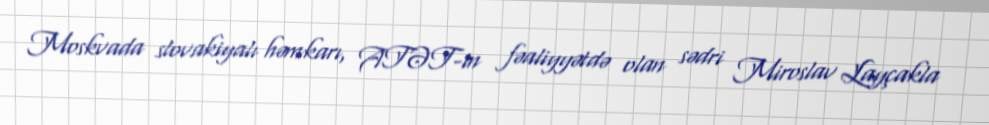
Moskvada slovakiyalı həmkarı, ATƏT-in fəaliyyətdə olan sədri Miroslav Layçakla